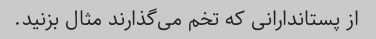
از پستاندارانی که تخم می‌گذارند مثال بزنید.